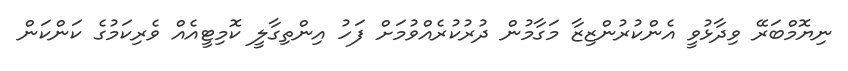
ނިޔޮމްބަރޭ ވިދާޅުވީ އެންކުރުންޒިޒާ މަގާމުން ދުރުކުރެއްވުމަށް ފަހު އިންތިގާލީ ކޮމިޓީއެއް ވެރިކަމުގެ ކަންކަން